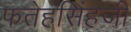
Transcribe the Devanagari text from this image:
फतेहसिंहजी